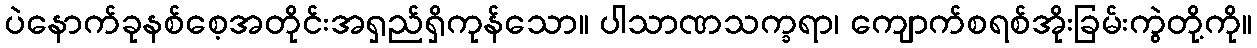
ပဲနောက်ခုနစ်စေ့အတိုင်းအရှည်ရှိကုန်သော။ ပါသာဏသက္ခရာ၊ ကျောက်စရစ်အိုးခြမ်းကွဲတို့ကို။